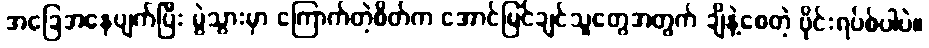
အခြေအနေပျက်ပြီး မွဲသွားမှာ ကြောက်တဲ့စိတ်က အောင်မြင်ချင်သူတွေအတွက် ချိနဲ့စေတဲ့ ဗိုင်းရပ်စ်ပါပဲ။